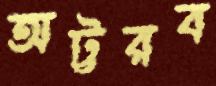
অট্টরব